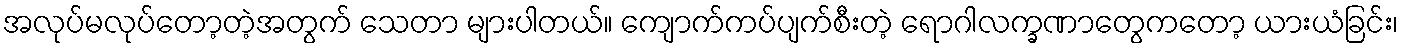
အလုပ်မလုပ်တော့တဲ့အတွက် သေတာ များပါတယ်။ ကျောက်ကပ်ပျက်စီးတဲ့ ရောဂါလက္ခဏာတွေကတော့ ယားယံခြင်း၊